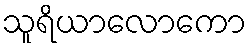
သူရိယာလောကော